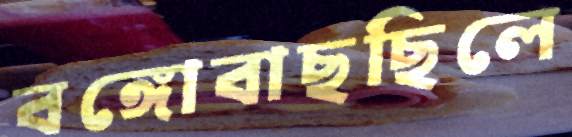
বঙ্গোবাছছিলে